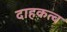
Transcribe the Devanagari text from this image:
दाहकत्व